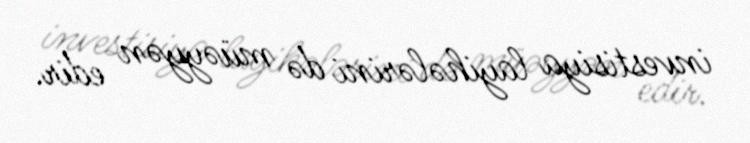
investisiya layihələrini də müəyyən edir.